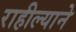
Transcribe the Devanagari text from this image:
राहील्याने